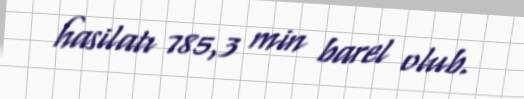
hasilatı 785,3 min barel olub.